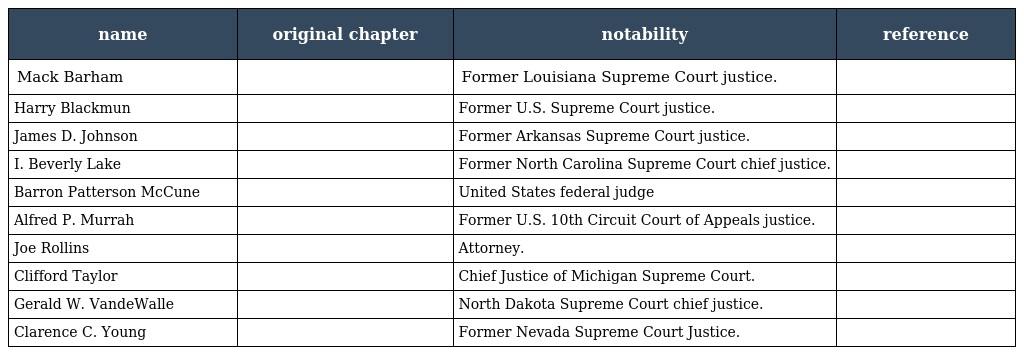
| name | original chapter | notability | reference |
 | --- | --- | --- | --- |
 | Mack Barham |  | Former Louisiana Supreme Court justice. |  |
 | Harry Blackmun |  | Former U.S. Supreme Court justice. |  |
 | James D. Johnson |  | Former Arkansas Supreme Court justice. |  |
 | I. Beverly Lake |  | Former North Carolina Supreme Court chief justice. |  |
 | Barron Patterson McCune |  | United States federal judge |  |
 | Alfred P. Murrah |  | Former U.S. 10th Circuit Court of Appeals justice. |  |
 | Joe Rollins |  | Attorney. |  |
 | Clifford Taylor |  | Chief Justice of Michigan Supreme Court. |  |
 | Gerald W. VandeWalle |  | North Dakota Supreme Court chief justice. |  |
 | Clarence C. Young |  | Former Nevada Supreme Court Justice. |  |